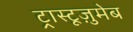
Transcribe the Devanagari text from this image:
ट्रास्टूज़ुमेब